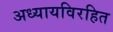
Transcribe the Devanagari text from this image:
अध्यायविरहित